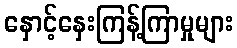
နှောင့်နှေးကြန့်ကြာမှုများ